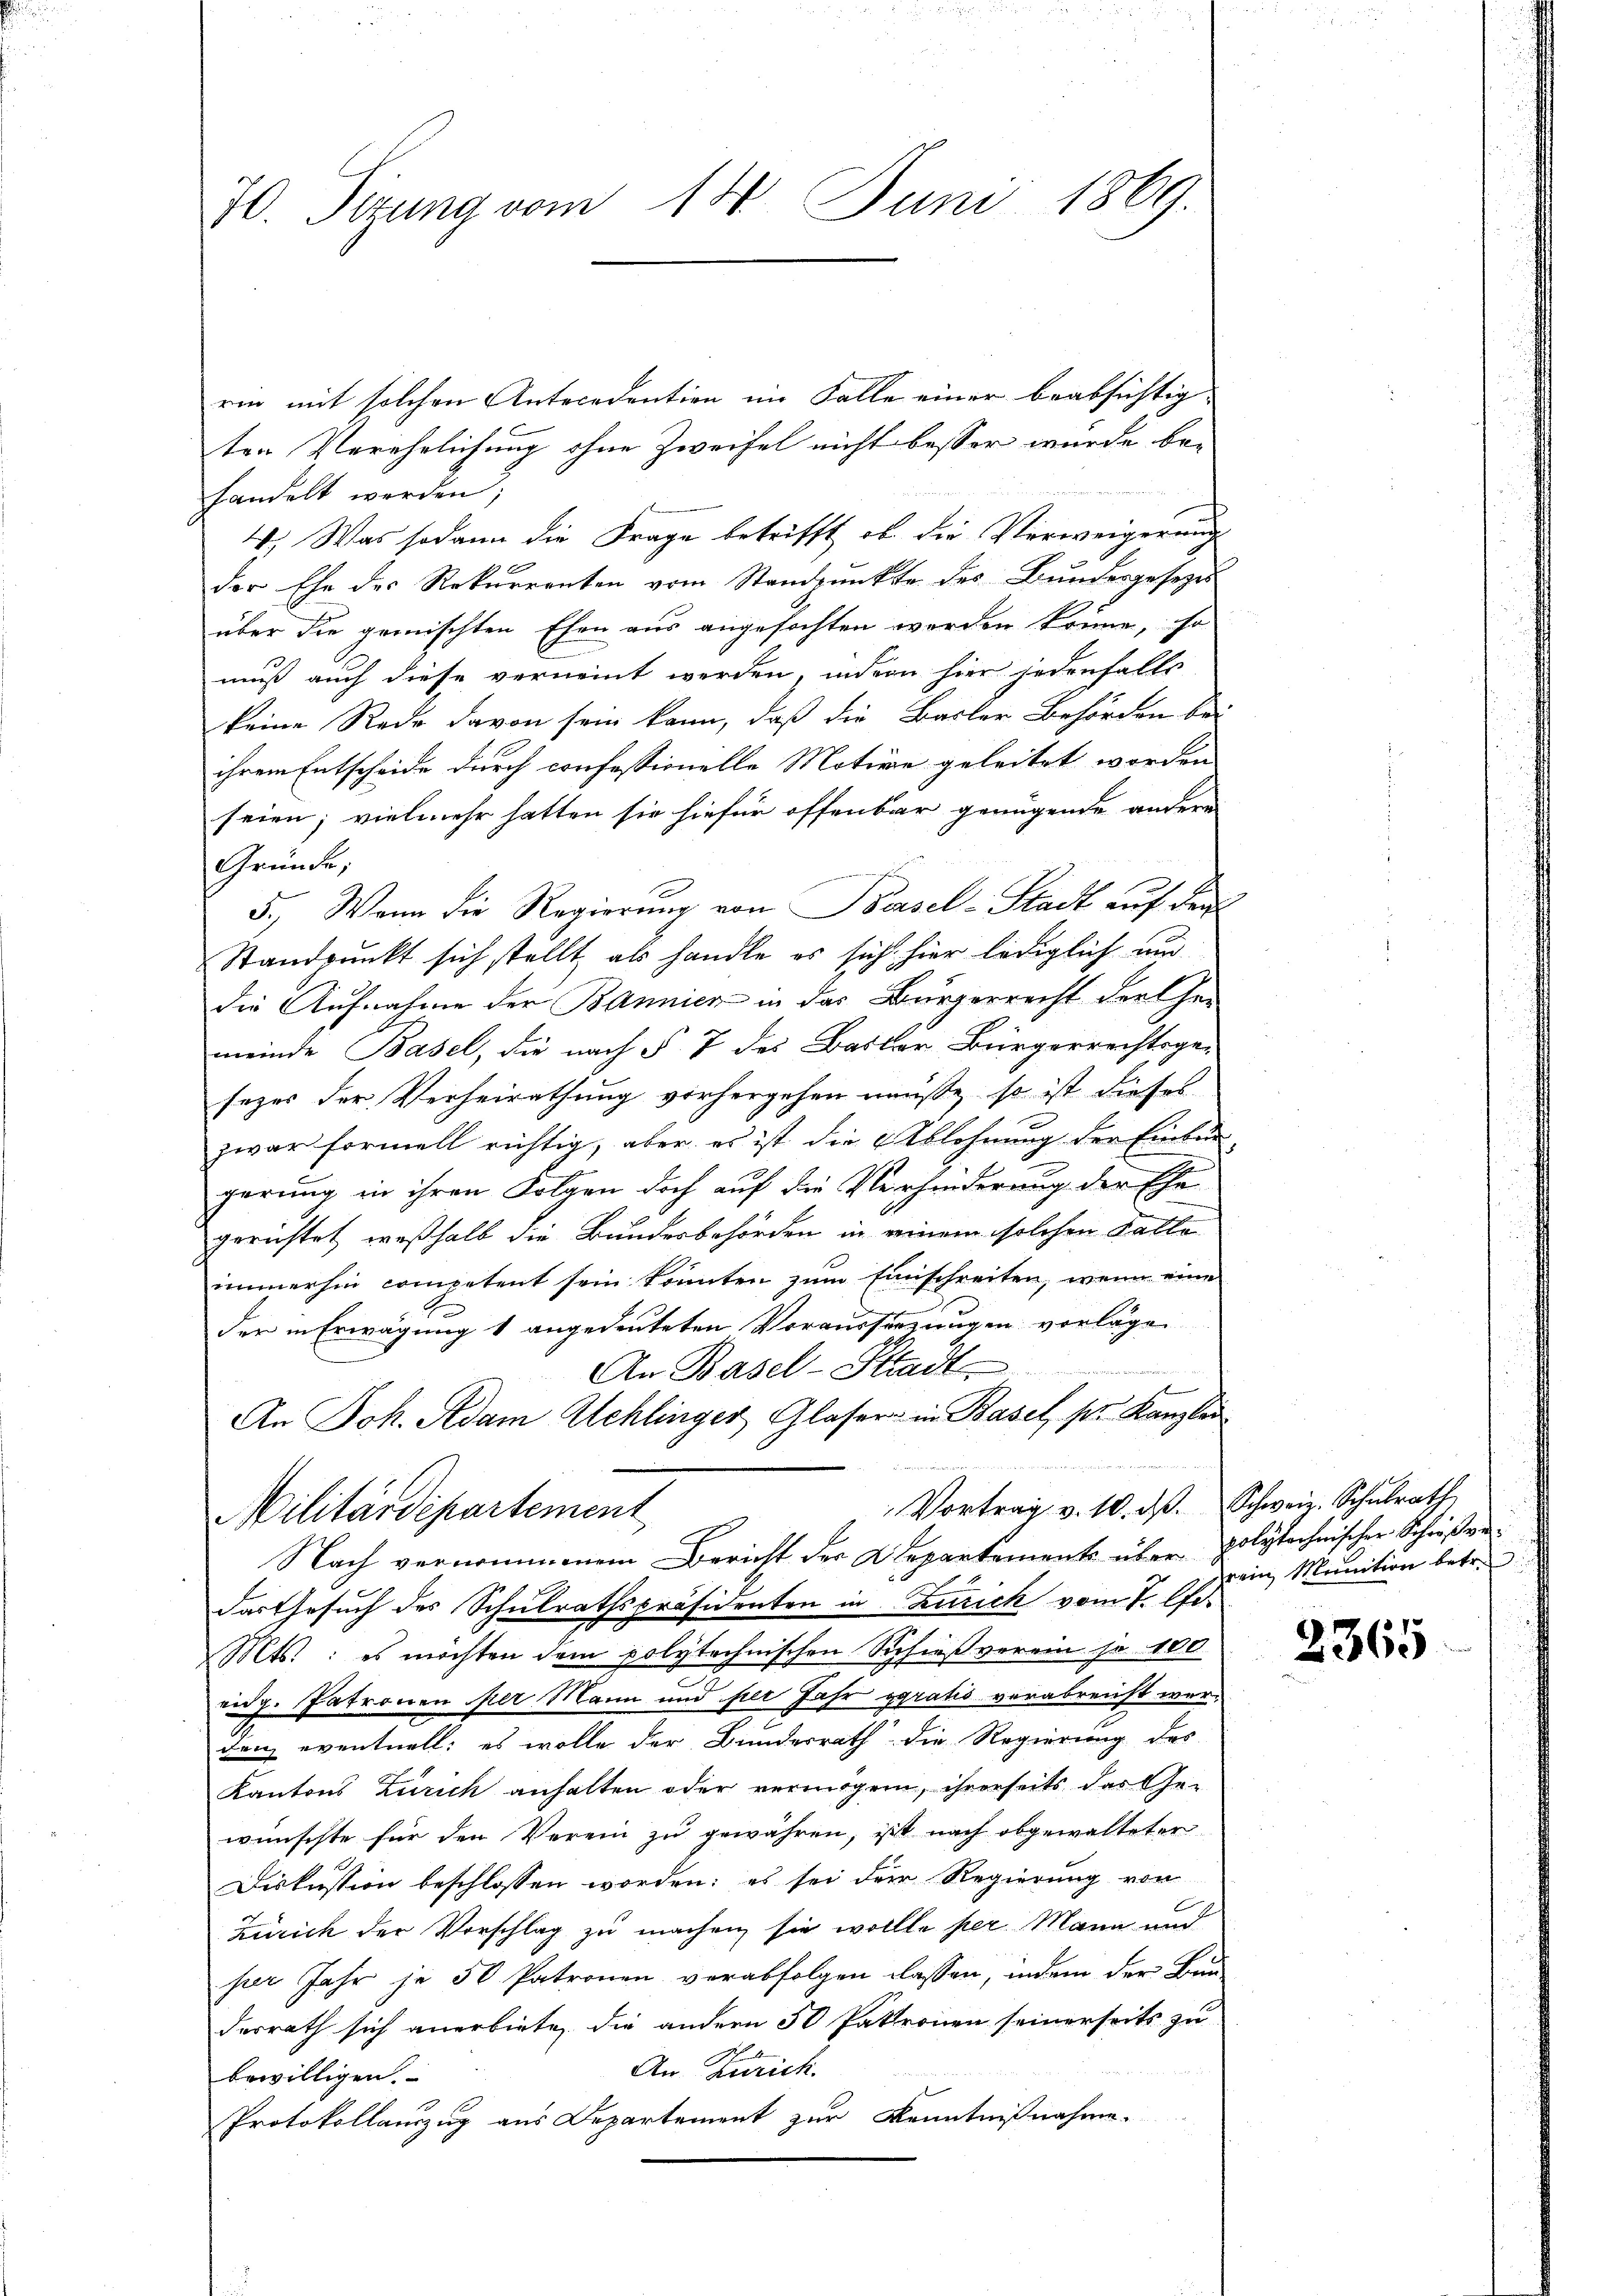
30. Sitzung vom 14. Juni 1869.

rin mit solchen Antecedention im Falle einer beabsichtig-
ten Verehelichung ohne Zweifel nicht besser wurde be-
handelt werden;
4. Was sodann die Frage betrifft, ob die Verweigerung
der Ehe des Rekurrenten vom Standpunkte des Bundesgesezesüber die gemischten Ehen aus angefochten werden könne, so
muß auch diese verneint werden, indem hier jedenfalls
keine Rede davon sein kann, daß die Basler Behörden bei
ihrem Entscheide durch confessionelle Motive geleitet worden
seien; vielmehr hatten sie hiefür offenbar genügende andern
Gründe;
5.) Wenn die Regierung von Basel-Stadt auf dem
Standpunkt sich stellt, als handle es sich hier lediglich und
die Aufnahme der Bannier in das Bürgerrecht der her
meinde Basel, die nach § 7 des Basler Bürgerrechtsge-
sezes der Verheirathung vorhergehen müsse, so ist dieses
zwar formell richtig, aber es ist die Ablehnung der Einburgerung in ihren Folgen doch auf die Verhinderung der Ehe
gerichtet, weßhalb die Bundesbehörden in einem solchen Fatto
immerhin competent sein könnten zum Einschreiten, wenn eine
der in Erwägung 1 angedeuteten Vorausserzungen vorlägen
u
An Basel-Stadt
An Joh. Adam Schlinger Glasern in Basel, pr. Kanzlei
Vortrag v. 10. d. Schweiz. Schŭlrath
Militärdepartement
Nach vernommenem Bericht der Departements über polytechnischer Schießendas Gesuch des Schulrathspräsidenten in Zürich vom 7. A.
Mts.: es möchten dem polytechnischen Schießverein je 100
eidg. Patronen per Mann und per Jahr geratis verabreicht werden eventuell: es wolle der Bundesrath die Regierung des
Kantons Zürich anhalten oder vermögen, ihrerseits das Gewünschte für den Verein zu gewähren, sit nach abgewalteter
Diskussion beschlossen worden; es sei der Regierung von
Zürich der Vorschlag zu machen sie wollte per Mann und
ser Jahr je 50 Patronen verabfolgen lassen, indem der Bunderrath sich anerbiete, die andern 50 Patronen seinerseits zu
An Zürich.
bewilligen.
Protokollauszug aus Departement zur Kenntnißnahme.

zrein Munition betr.

2365